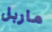
ماربل